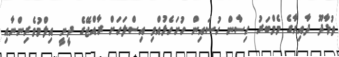
ތުޅާދޫ ދާއިރާގެ މެމްބަރު ހިސާން ހުސައިން ހުށަހެޅުއްވި އިސްލަހަށް ރާއްޖޭގެ ދީނީ އިލްމުވެރިންނާއި